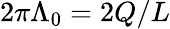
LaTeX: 2\pi\Lambda_{0}=2Q/L